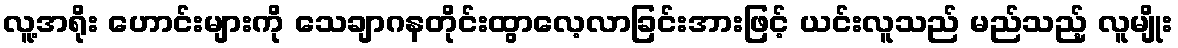
လူ့အရိုး ဟောင်းများကို သေချာဂနတိုင်းထွာလေ့လာခြင်းအားဖြင့် ယင်းလူသည် မည်သည့် လူမျိုး